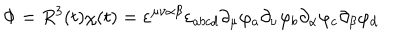
\Phi = R ^ { 3 } ( t ) \chi ( t ) = \varepsilon ^ { \mu \nu \alpha \beta } \varepsilon _ { a b c d } \partial _ { \mu } \varphi _ { a } \partial _ { \nu } \varphi _ { b } \partial _ { \alpha } \varphi _ { c } \partial _ { \beta } \varphi _ { d }